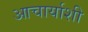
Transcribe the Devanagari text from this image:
आचार्याशी